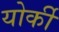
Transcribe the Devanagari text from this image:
योर्की